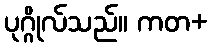
ပုဂ္ဂိုလ်သည်။ ကတ+